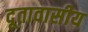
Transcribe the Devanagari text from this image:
दूतावासीय